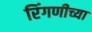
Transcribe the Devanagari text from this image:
रिंगणीच्या